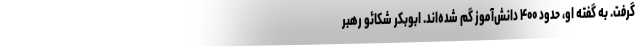
گرفت. به گفته او، حدود ۴۰۰ دانش‌آموز گم شده‌اند. ابوبکر شکائو رهبر